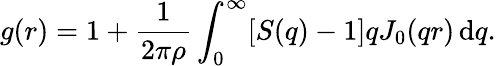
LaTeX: g(r)=1+\frac{1}{2\pi\rho}\int_{0}^{\infty}[S(q)-1]qJ_{0}(qr)\, \mathrm{d}q.